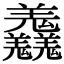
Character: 𦏱